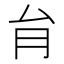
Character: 䏍